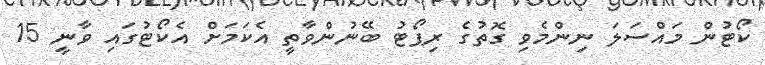
ކޯޓުން މައްސަލަ ނިންމެވި ގޮތުގެ ރިޕޯޓު ބޭނުންވާތީ އެކަމަށް އެކޯޓުގައި ވާނީ 15